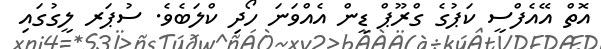
އޮތް އޭއެފްސީ ކަޕުގެ ގްރޫޕް ޑީން އެއްވަނަ ހޯދި ކްލަބެވެ. ސުޕަރ ލީގުގައި